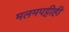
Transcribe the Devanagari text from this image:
मलमपट्टीही